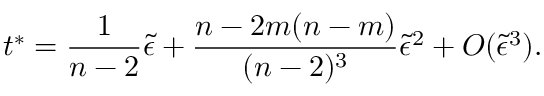
t ^ { \ast } = { \frac { 1 } { n - 2 } } \tilde { \epsilon } + { \frac { n - 2 m ( n - m ) } { ( n - 2 ) ^ { 3 } } } \tilde { \epsilon } ^ { 2 } + O ( \tilde { \epsilon } ^ { 3 } ) .